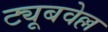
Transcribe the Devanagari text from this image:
ट्यूबवेल्ल